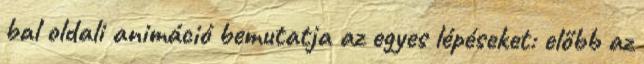
bal oldali animáció bemutatja az egyes lépéseket: előbb az